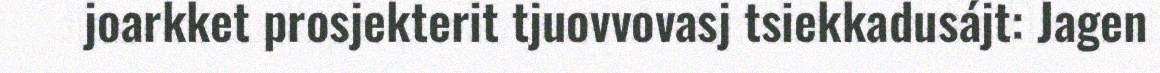
joarkket prosjekterit tjuovvovasj tsiekkadusájt: Jagen